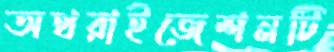
অথরাইজেশনটি